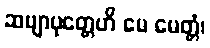
ဆဗျာပုတ္တေဟိ မေ မေတ္တံ၊